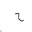
Letter: _ha